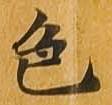
色